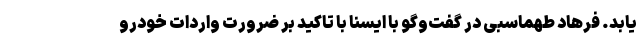
یابد. فرهاد طهماسبی در گفت‌وگو با ایسنا با تاکید بر ضرورت واردات خودرو